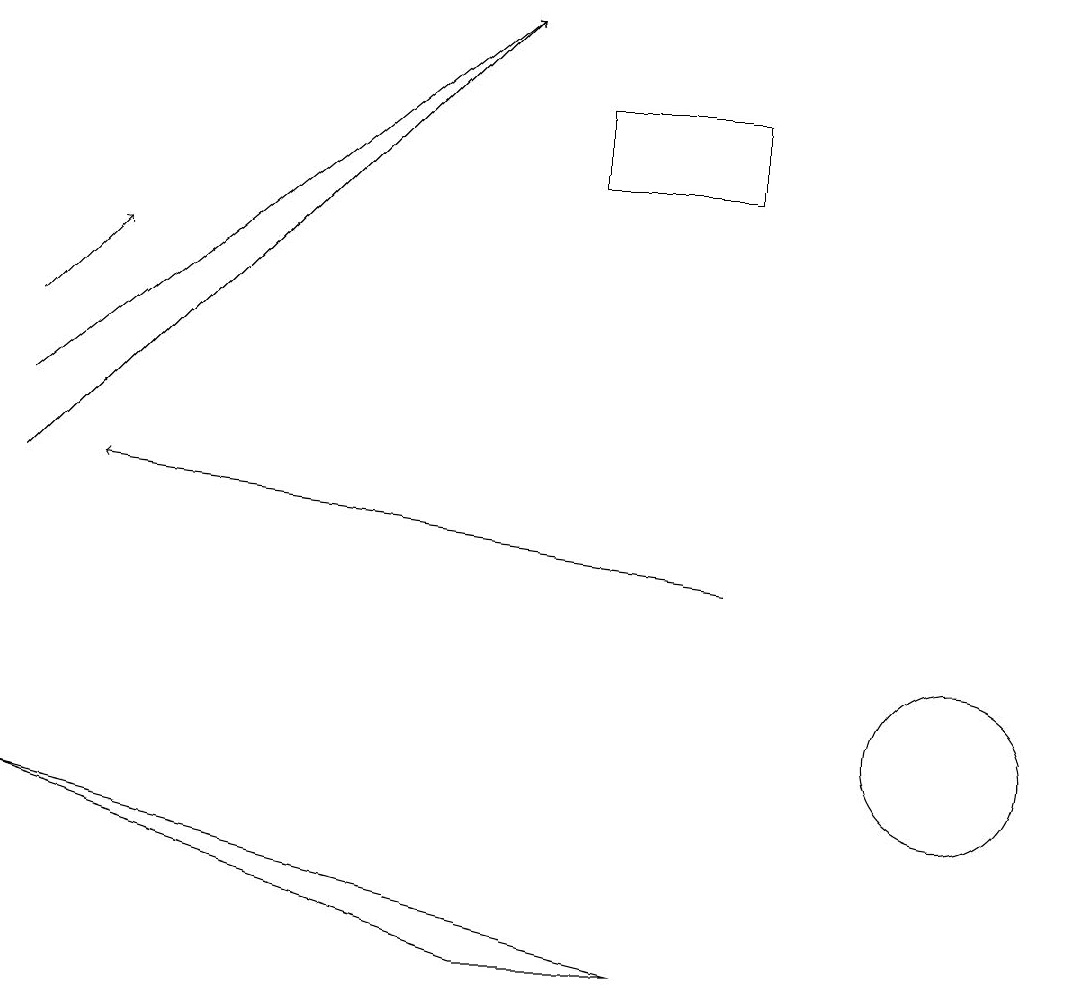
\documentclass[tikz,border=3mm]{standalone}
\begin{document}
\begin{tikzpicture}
\draw[->] (0,15) -- (1,16);
\draw[->] (0,13) -- (6,19);
\draw[->] (0,14) -- (6,19);
\draw (6,7) -- (0,9) -- (8,7) -- cycle;
\draw (9,18) rectangle (7,17);
\draw[->] (9,12) -- (1,13);
\draw (12,10) circle (1);
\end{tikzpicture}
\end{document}